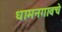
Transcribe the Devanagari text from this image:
धामनगावचे